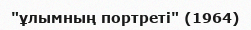
"ұлымның портреті" (1964)